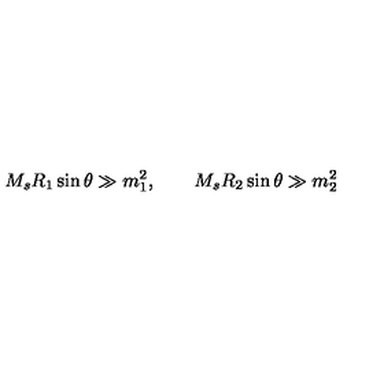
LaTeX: M _ { s } R _ { 1 } \sin \theta \gg m _ { 1 } ^ { 2 } , \qquad M _ { s } R _ { 2 } \sin \theta \gg m _ { 2 } ^ { 2 }